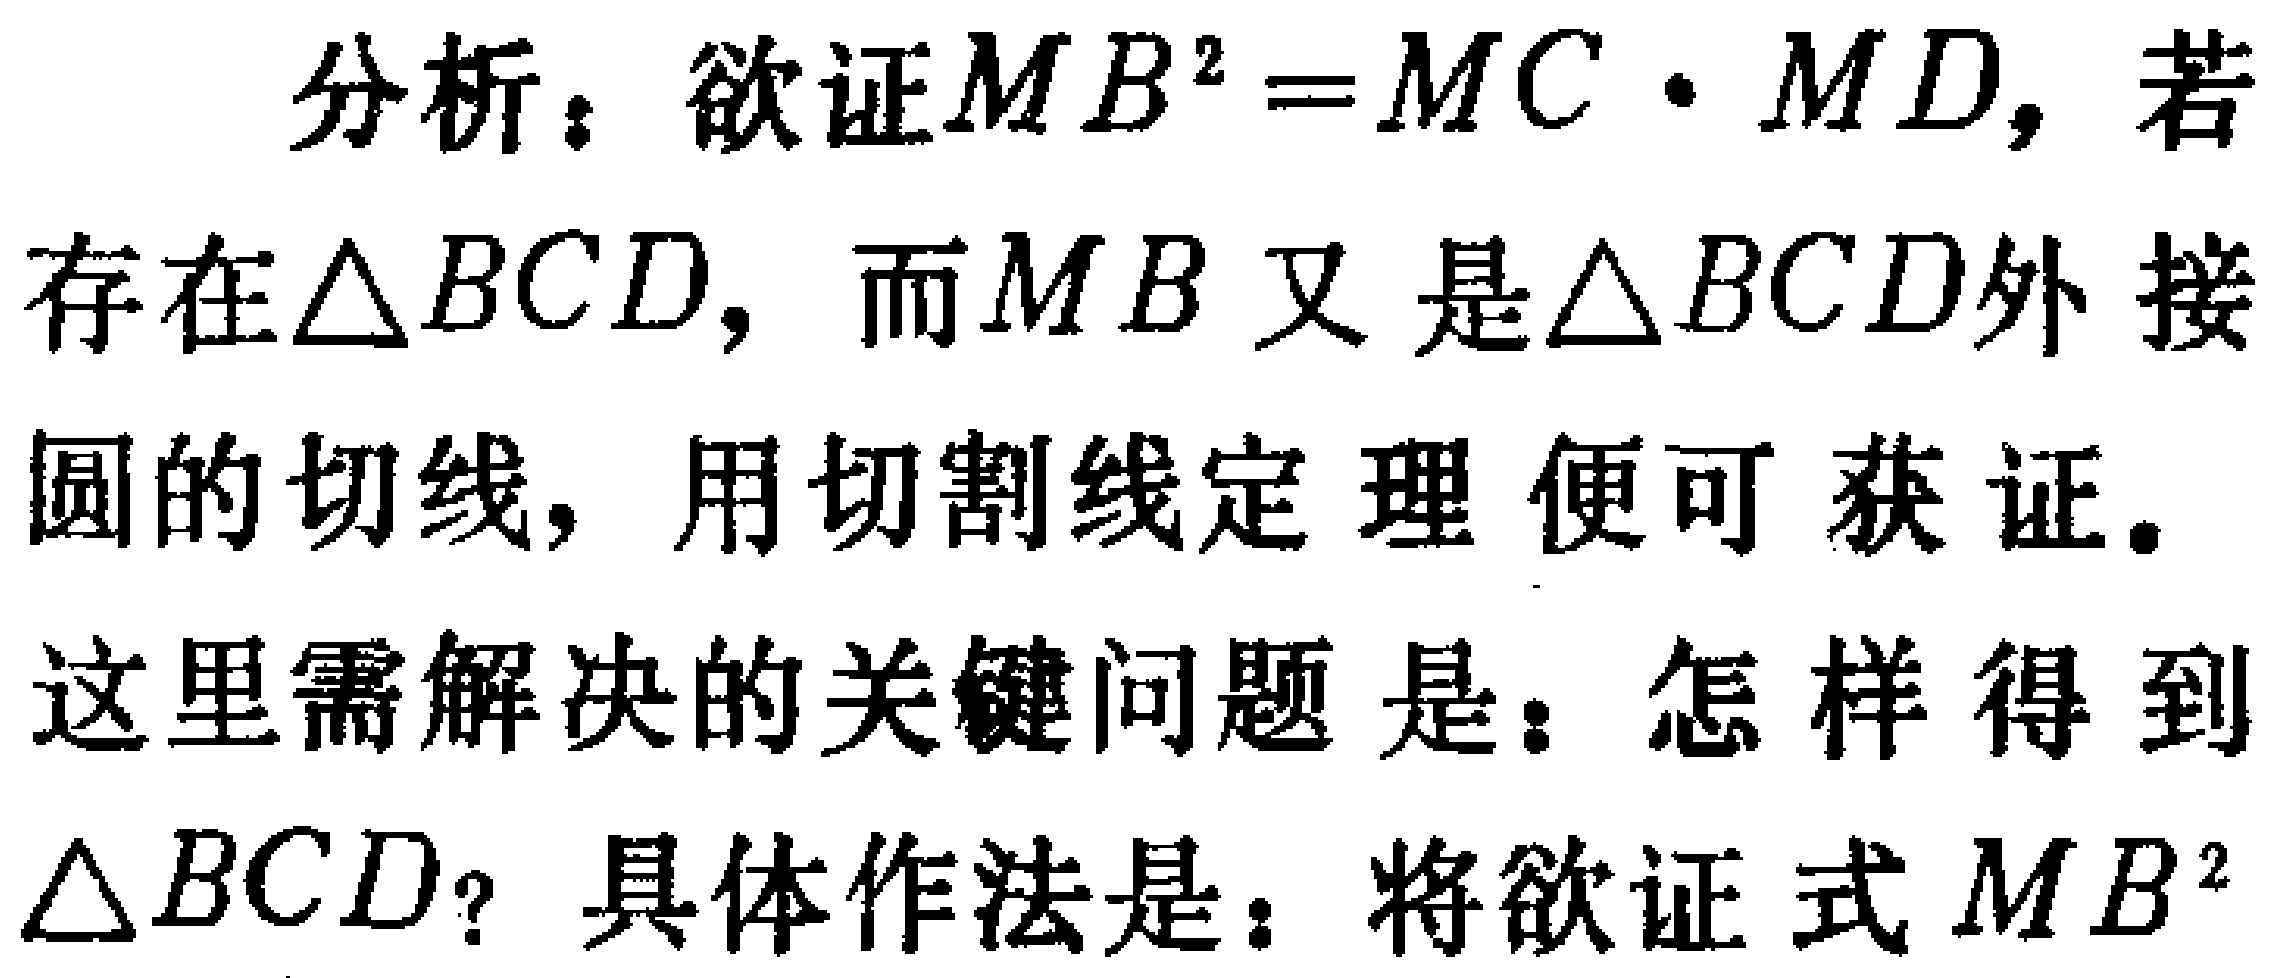
分析：欲证\(MB^{2}=MC\cdot MD\)，若

存在\(\triangle BCD\)，而\(MB\)又是\(\triangle BCD\)外接

圆的切线，用切割线定理便可获证。

这里需解决的关键问题是：怎样得到

\(\triangle BCD\)？具体作法是：将欲证式\(MB^{2}\)